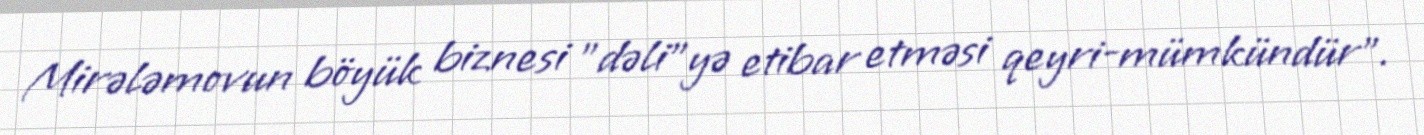
Mirələmovun böyük biznesi ”dəli"yə etibar etməsi qeyri-mümkündür".